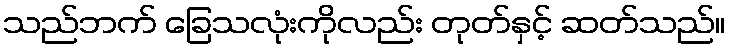
သည်ဘက် ခြေသလုံးကိုလည်း တုတ်နှင့် ဆတ်သည်။